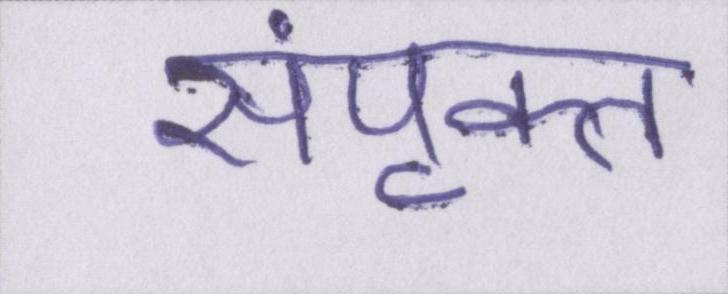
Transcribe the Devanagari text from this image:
संपृक्त